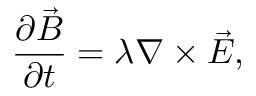
\frac { \partial \Vec { B } } { \partial t } = \lambda \nabla \times \Vec { E } ,